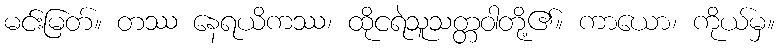
မင်းမြတ်။ တဿ နေရယိကဿ၊ ထိုငရဲသူသတ္တဝါတို့၏။ ကာယော၊ ကိုယ်မှ။